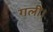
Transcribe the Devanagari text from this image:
गली।